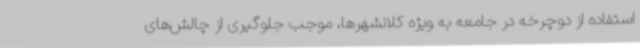
استفاده از دوچرخه در جامعه به ویژه کلانشهرها، موجب جلوگیری از چالش‌های